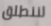
لننطلق